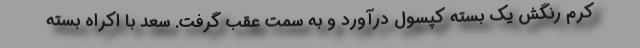
کِرِم رنگش یک بسته کپسول درآورد و به سمت عقب گرفت. سعد با اکراه بسته